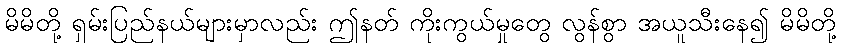
မိမိတို့ ရှမ်းပြည်နယ်များမှာလည်း ဤနတ် ကိုးကွယ်မှုတွေ လွန်စွာ အယူသီးနေ၍ မိမိတို့